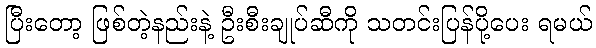
ပြီးတော့ ဖြစ်တဲ့နည်းနဲ့ ဦးစီးချုပ်ဆီကို သတင်းပြန်ပို့ပေး ရမယ်